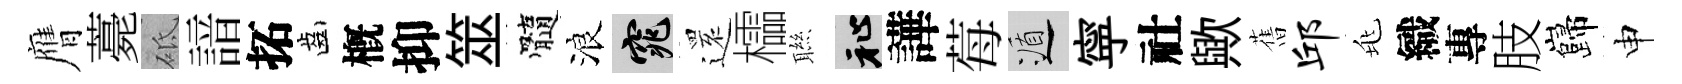
膺薧砥諳拓齒槪抑筮髓浪窕𮟃櫺聮祉譁莓遁寜社歟𦾔邱兆織專肢巋申